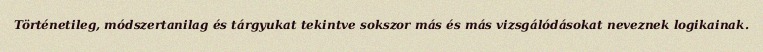
Történetileg, módszertanilag és tárgyukat tekintve sokszor más és más vizsgálódásokat neveznek logikainak.